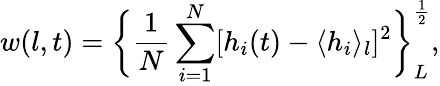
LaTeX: w(l,t)=\bigg\lbrace\frac{1}{N}\sum_{i=1}^{N}[h_{i}(t)-\langle h_{i}\rangle_{l}]^{2}\bigg\rbrace_{L}^{\frac{1}{2}},